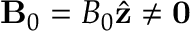
\mathbf { B } _ { 0 } = B _ { 0 } \hat { \mathbf { z } } \neq \mathbf { 0 }